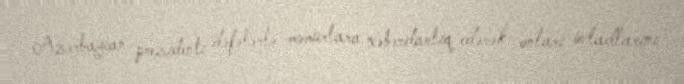
Azərbaycan prezidenti dəfələrlə məmurlara xəbərdarlıq edərək onları övladlarını